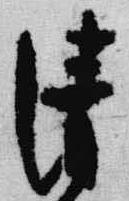
清